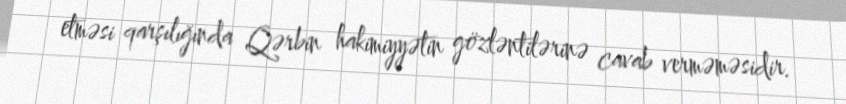
etməsi qarşılığında Qərbin hakimiyyətin gözləntilərinə cavab verməməsidir.